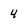
Character: 4